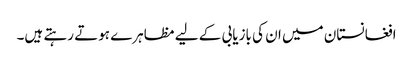
افغانستان میں ان کی بازیابی کے لیے مظاہرے ہوتے رہتے ہیں۔